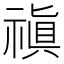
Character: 禛